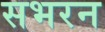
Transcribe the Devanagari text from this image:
सभरन